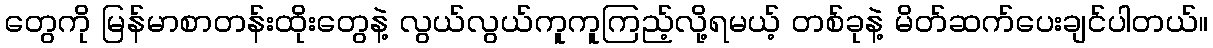
တွေကို မြန်မာစာတန်းထိုးတွေနဲ့ လွယ်လွယ်ကူကူကြည့်လို့ရမယ့် တစ်ခုနဲ့ မိတ်ဆက်ပေးချင်ပါတယ်။